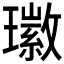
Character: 𤪖